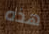
هذه